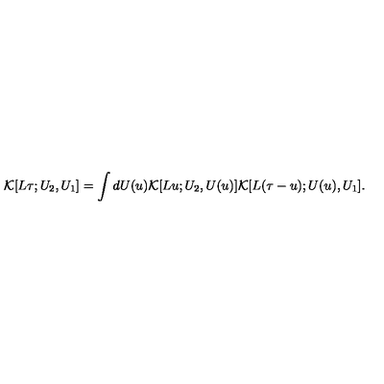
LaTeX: { \cal K } [ L \tau ; U _ { 2 } , U _ { 1 } ] = \int d U ( u ) { \cal K } [ L u ; U _ { 2 } , U ( u ) ] { \cal K } [ L ( \tau - u ) ; U ( u ) , U _ { 1 } ] .